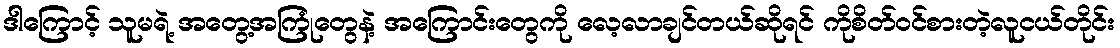
ဒါကြောင့် သူမရဲ့ အတွေ့အကြုံတွေနဲ့ အကြောင်းတွေကို လေ့လာချင်တယ်ဆိုရင် ကိုစိတ်ဝင်စားတဲ့လူငယ်တိုင်း